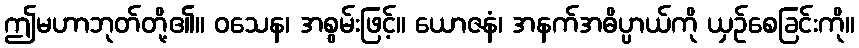
ဤမဟာဘုတ်တို့၏။ ဝသေန၊ အစွမ်းဖြင့်။ ယောဇနံ၊ အနက်အဓိပ္ပာယ်ကို ယှဉ်စေခြင်းကို။